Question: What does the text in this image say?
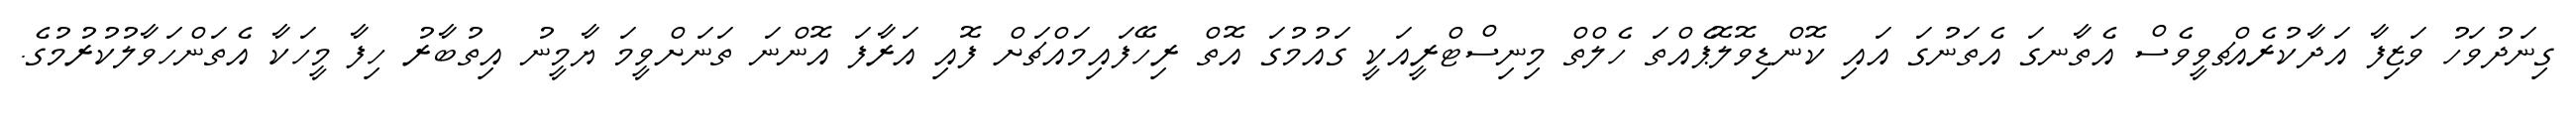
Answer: ގިނަދުވަހު ވަޒިފާ އަދާކުރެއްޗވީވެސް އެތާނގަ އެތަނުގަ އައި ކޮންޑިވޮލޮޕެއްތަ ހެލްތް މިނިސްޓްރީއަކީ ގައުމުގަ އޮތް ރިހޭފައިމައްޗަށް ފޮއި އަރާފަ އޮންނަ ތަނަށްވީމަ ޔާމީނު އިތުބާރު ހިފާ މީހަކާ އެތަންހަވާލުކުރުމުގެ.